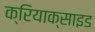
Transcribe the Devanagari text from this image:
क्रियाक्साइड